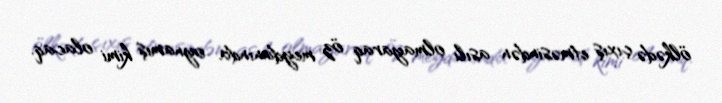
ölkədə çıxış etməsindən asılı olmayaraq öz meydanında oynamış kimi olacaq.